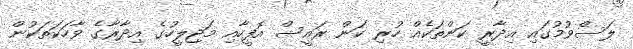
ލަސްވުމުގައި އިދާރީ ކަންތަކެއް ހުރި ކަން ރައީސް އޮފީހާއި މަޖިލީހުގެ އިދާރާގެ ވާހަކަތަކުން